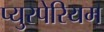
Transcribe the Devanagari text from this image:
प्युरपेरियम